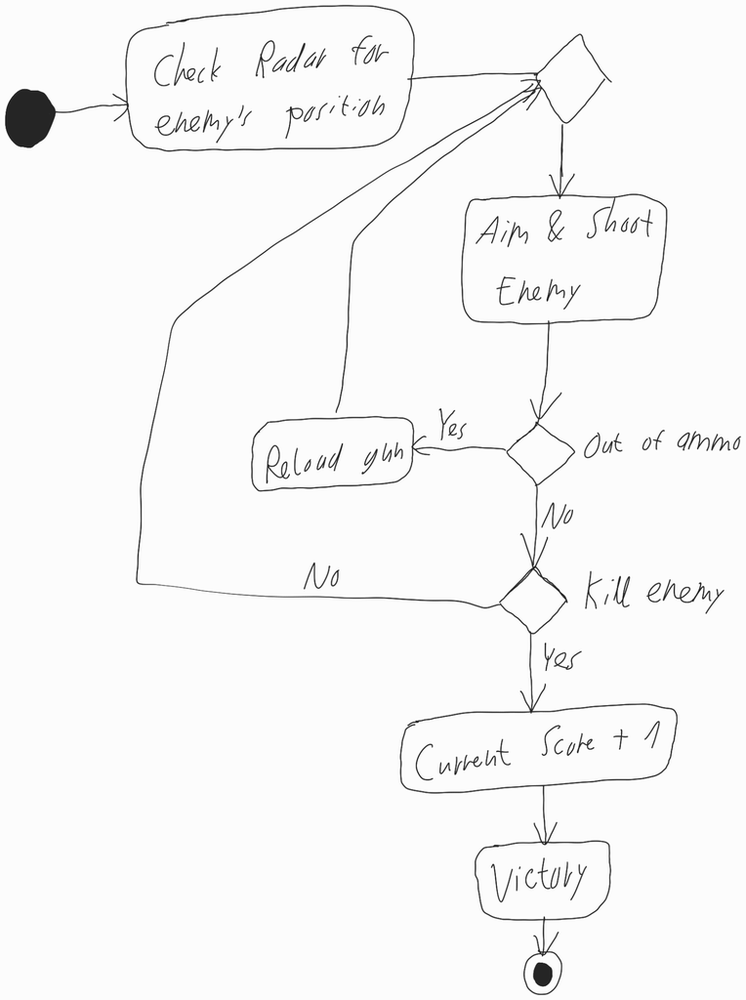
Diagram type: activity_diagram
```plantuml
@startuml

start

:Check Radar for enemy's position;

repeat
  repeat
    :Aim & Shoot Enemy;
  backward:Reload gun;
  repeat while (Out of Ammo) is (Yes) not (No)
repeat while (Kill enemy) is (No) not (Yes)

:Current Score + 1;

:Victory;

stop

@enduml
```